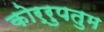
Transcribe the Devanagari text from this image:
कोर्रुपतुम